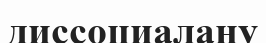
диссоциалану